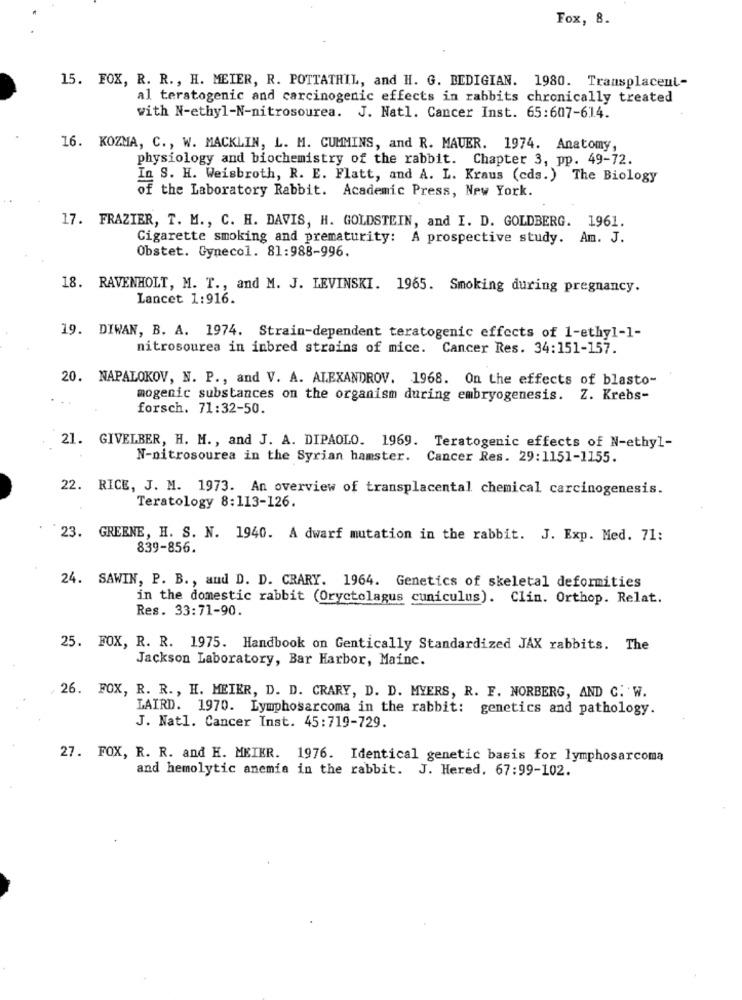
Fox, 8.
15. FOX, R. R ., H. MEIER, R. POTTATHIL, and H. G. BEDIGIAN. 1980. Transplacent-
al teratogenic and carcinogenic effects in rabbits chronically treated
with N-ethyl-N-nitrosourea. J. Natl. Cancer Inst. 65:607-614.
16. KOZMA, C ., W. MACKLIN, L. M. CUMMINS, and R. MAUER. 1974. Anatomy,
physiology and biochemistry of the rabbit. Chapter 3, pp. 49-72.
In S. H. Weisbroth, R. E. Flatt, and A. L. Kraus (cds. ) The Biology
of the Laboratory Rabbit. Academic Press, New York.
17. FRAZIER, T. M ., C. H. DAVIS, H. GOLDSTEIN, and I. D. GOLDBERG. 1961.
Cigarette smoking and prematurity: A prospective study. Am. J.
Obstet. Gynecol. 81:988-996.
18. RAVENHOLT, M. T ., and M. J. LEVINSKI. 1965. Smoking during pregnancy.
Lancet 1:916.
19. DIWAN, B. A. 1974. Strain-dependent teratogenic effects of 1-ethyl-1-
nitrosourea in inbred strains of mice. Cancer Res. 34:151-157.
20. NAPALOKOV, N. P ., and V. A. ALEXANDROV. 1968. On the effects of blasto-
mogenic substances on the organism during embryogenesis. Z. Krebs-
forsch. 71:32-50.
21. GIVELBER, H. M ., and J. A. DIPAOLO. 1969. Teratogenic effects of N-ethyl-
N-nitrosourea in the Syrian hamster. Cancer Res. 29:1151-1155.
22. RICE, J. M. 1973. An overview of transplacental chemical carcinogenesis.
Teratology 8:113-126.
23. GREENE, H. S. N. 1940. A dwarf mutation in the rabbit. J. Exp. Med. 71:
839-856.
24. SAWIN, P. B ., and D. D. CRARY. 1964. Genetics of skeletal deformities
in the domestic rabbit (Oryctolagus cuniculus). Clin. Orthop. Relat.
Res. 33:71-90.
25. FOX, R. R. 1975. Handbook on Gentically Standardized JAX rabbits. The
Jackson Laboratory, Bar Harbor, Mainc.
26. FOX, R. R. , H. MEIER, D. D. CRARY, D. D. MYERS, R. F. NORBERG, AND C. W.
LAIRD. 1970. Lymphosarcoma in the rabbit: genetics and pathology.
J. Natl. Cancer Inst. 45:719-729.
27. FOX, R. R. and H. MEIER. 1976. Identical genetic basis for lymphosarcoma
and hemolytic anemia in the rabbit. J. Hered. 67:99-102.